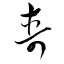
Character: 壽